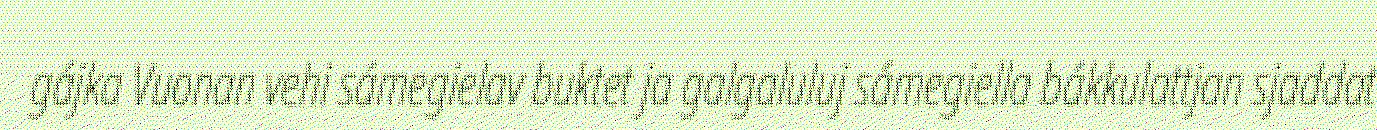
gájka Vuonan vehi sámegielav buktet ja galgaluluj sámegiella bákkulattjan sjaddat